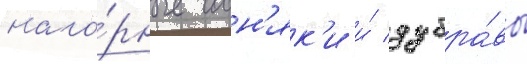
наго́рные сосн'як'и и́ дубра́вы